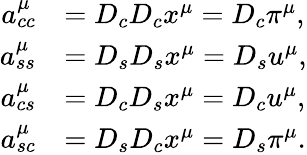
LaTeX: \begin{array}{rl}{a_{cc}^{\mu}}&{=D_{c}D_{c}x^{\mu}=D_{c}\pi^{\mu},}\\ {a_{ss}^{\mu}}&{=D_{s}D_{s}x^{\mu}=D_{s}u^{\mu},}\\ {a_{cs}^{\mu}}&{=D_{c}D_{s}x^{\mu}=D_{c}u^{\mu},}\\ {a_{sc}^{\mu}}&{=D_{s}D_{c}x^{\mu}=D_{s}\pi^{\mu}.}\end{array}